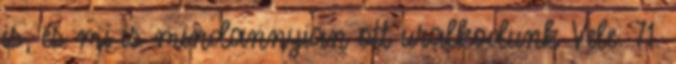
is, és mi is mindannyian ott uralkodunk Vele. 71.